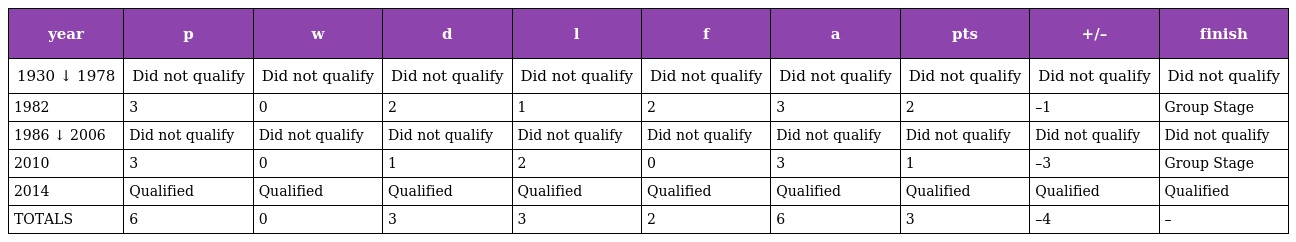
| year | p | w | d | l | f | a | pts | +/– | finish |
 | --- | --- | --- | --- | --- | --- | --- | --- | --- | --- |
 | 1930 ↓ 1978 | Did not qualify | Did not qualify | Did not qualify | Did not qualify | Did not qualify | Did not qualify | Did not qualify | Did not qualify | Did not qualify |
 | 1982 | 3 | 0 | 2 | 1 | 2 | 3 | 2 | –1 | Group Stage |
 | 1986 ↓ 2006 | Did not qualify | Did not qualify | Did not qualify | Did not qualify | Did not qualify | Did not qualify | Did not qualify | Did not qualify | Did not qualify |
 | 2010 | 3 | 0 | 1 | 2 | 0 | 3 | 1 | –3 | Group Stage |
 | 2014 | Qualified | Qualified | Qualified | Qualified | Qualified | Qualified | Qualified | Qualified | Qualified |
 | TOTALS | 6 | 0 | 3 | 3 | 2 | 6 | 3 | –4 | – |